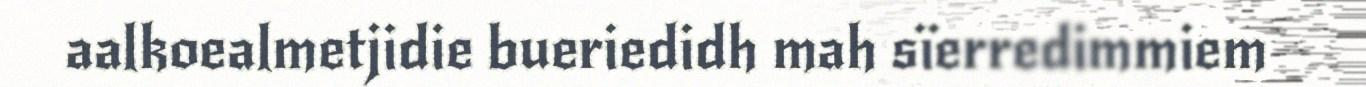
aalkoealmetjidie bueriedidh mah sïerredimmiem